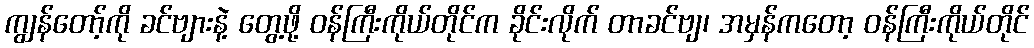
ကျွန်တော့်ကို ခင်ဗျားနဲ့ တွေ့ဖို့ ဝန်ကြီးကိုယ်တိုင်က ခိုင်းလိုက် တာခင်ဗျ၊ အမှန်ကတော့ ဝန်ကြီးကိုယ်တိုင်